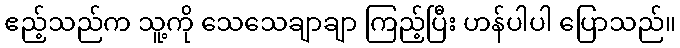
ဧည့်သည်က သူ့ကို သေသေချာချာ ကြည့်ပြီး ဟန်ပါပါ ပြောသည်။